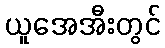
ယူအေအီးတွင်